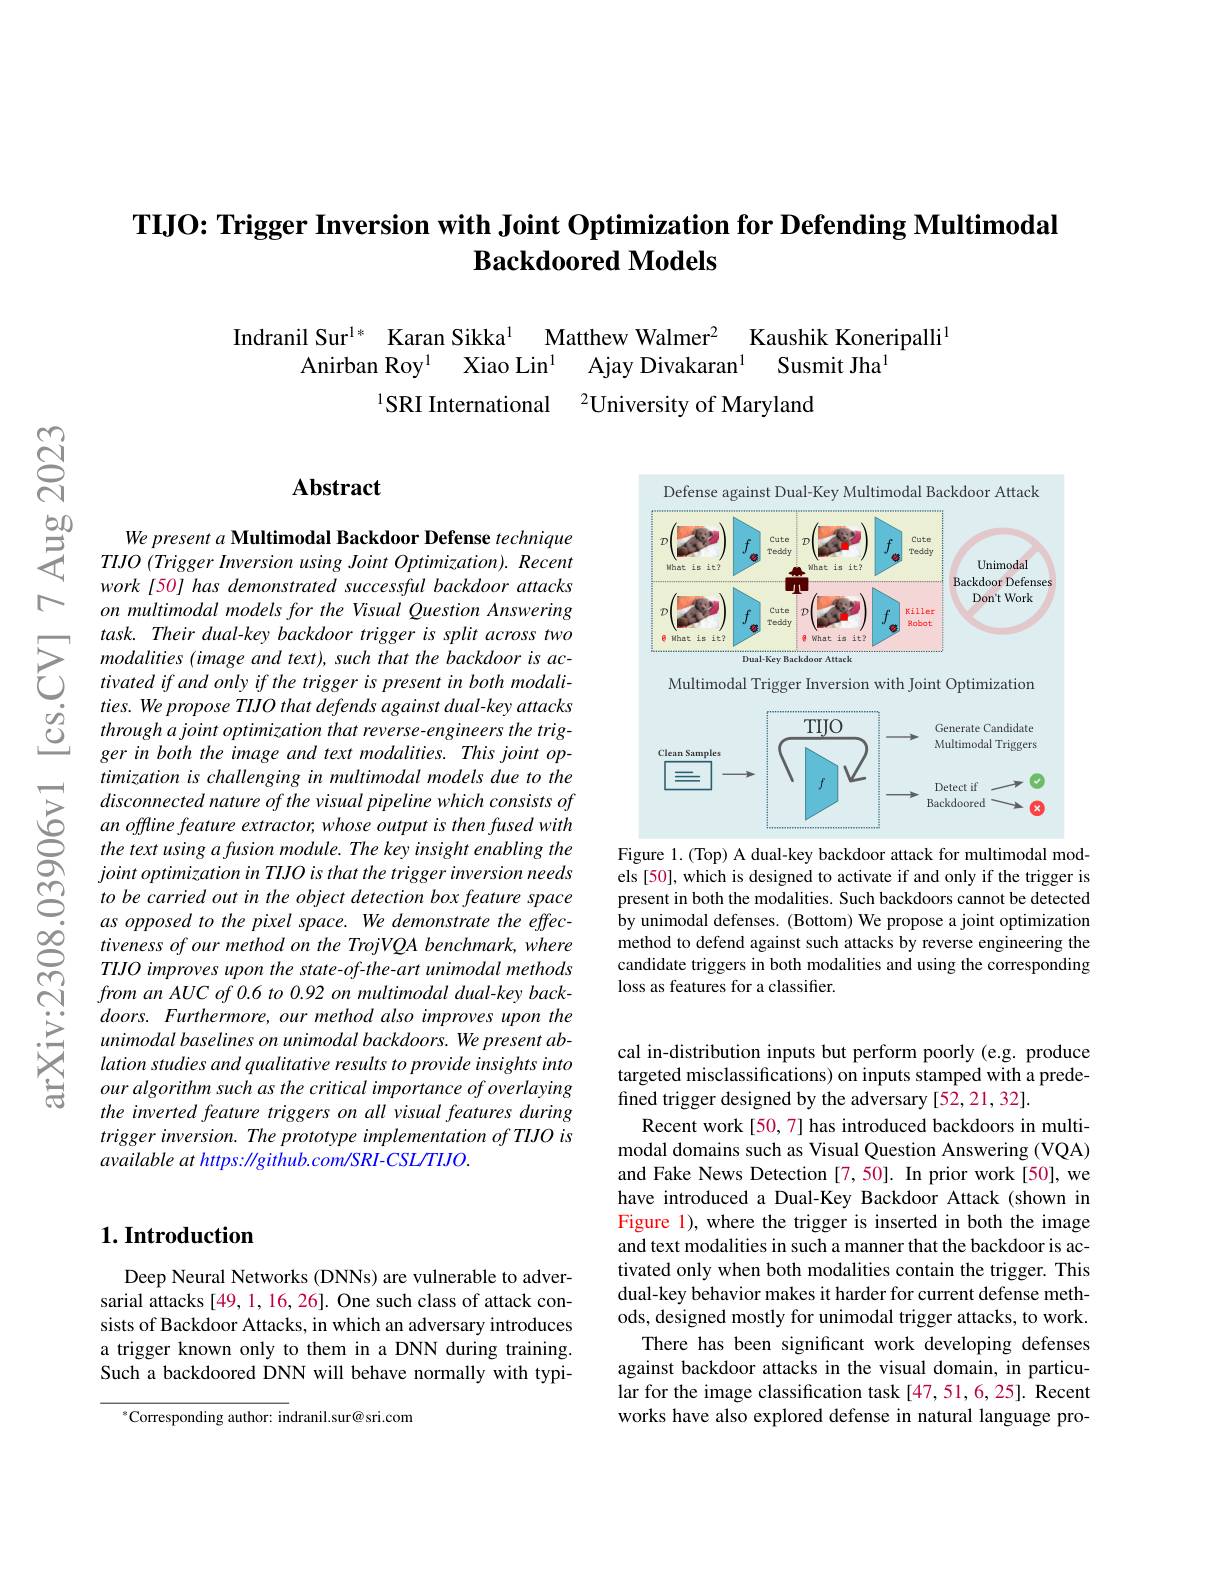
# TIJO: Trigger Inversion with Joint Optimization for Defending Multimodal $\textbf{Backdoored Models}$

Indranil Sur$^{1*}$ Karan Sikka$^{1}$ Matthew Walmer$^{2}$ Kaushik Koneripalli$^{1}$
Anirban Roy$^{1}$ Xiao Lin$^{1}$ Ajay Divakaran$^{1}$ Susmit Jha$^{1}$
$^{1}$SRI International$^{2}$University of Maryland

## $\mathbf{Abstract}$

<FigureHere>
Figure 1.(Top) A dual-key backdoor attack for multimodal mod-

We present a Multimodal Backdoor Defense technique TIJO (Trigger Inversion using Joint Optimization). Recent work [50] has demonstrated successful backdoor attacks on multimodal models for the Visual Question Answering
$\sum_{\begin{array}{cc}&task.Their~dual-key~backdoor~trigger~is~split~across~two\\&modalities~(image~and~text),~such~that~the~backdoor~is~ac-}\\&tivated~if~and~only~if~the~trigger~is~present~in~both~modali-}\end{array}$
ties. We propose TIJO that defends against dual-key attacks through a joint optimization that reverse-engineers the trigger in both the image and text modalities. This joint optimization is challenging in multimodal models due to the disconnected nature of the visual pipeline which consists of an offline feature extractor, whose output is then fused with the text using a fusion module. The key insight enabling the $jointoptimizationinTIJOisthatthetriggerinversion~needs$ to be carried out in the object detection box feature space as opposed to the pixel space. We demonstrate the effectiveness of our method on the TrojVQA benchmark, where TIJO improves upon the state-of-the-art unimodal methods $fromanAUCof0.6to0.92onmultimodaldual-keyback-$ doors. Furthermore, our method also improves upon the unimodal baselines on unimodal backdoors. We present ablation studies and qualitative results to provide insights into our algorithm such as the critical importance of overlaying the inverted feature triggers on all visual features during trigger inversion. The prototype implementation of TIJO is available at https: //github.com/SRI-CSL/TIJO.

els [50], which is designed to activate if and only if the trigger is present in both the modalities. Such backdoors cannot be detected by unimodal defenses. (Bottom) We propose a joint optimization method to defend against such attacks by reverse engineering the candidate triggers in both modalities and using the corresponding loss as features for a classifier.

## $1. \textbf{Introduction}$

cal in-distribution inputs but perform poorly (e.g. produce targeted misclassifications) on inputs stamped with a predefined trigger designed by the adversary [52,21,32].
Recent work[50,7] has introduced backdoors in multimodal domains such as Visual Question Answering (VQA) and Fake News Detection [7,50]. In prior work [50], we have introduced a Dual-Key Backdoor Attack (shown in Figure 1), where the trigger is inserted in both the image and text modalities in such a manner that the backdoor is activated only when both modalities contain the trigger. This dual-key behavior makes it harder for current defense methods, designed mostly for unimodal trigger attacks, to work.
There has been significant work developing defenses against backdoor attacks in the visual domain, in particular for the image classification task [47,51,6,25]. Recent works have also explored defense in natural language pro-

Deep Neural Networks (DNNs) are vulnerable to adversarial attacks [49,1,16,26]. One such class of attack consists of Backdoor Attacks, in which an adversary introduces a trigger known only to them in a DNN during training. Such a backdoored DNN will behave normally with typi-

$^{*}$Corresponding author: indranil.sur@sri.com